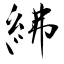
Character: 紼